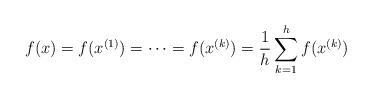
LaTeX: \begin{align*} f(x)=f(x^{(1)})=\cdots = f(x^{(k)}) =\frac{1}{h}\sum_{k=1}^{h} f(x^{(k)})\end{align*}